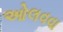
ઓલવવા